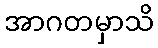
အာဂတမှာသိ